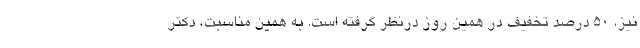
نیز، ۵۰ درصد تخفیف در همین روز درنظر گرفته است. به همین مناسبت، دکتر